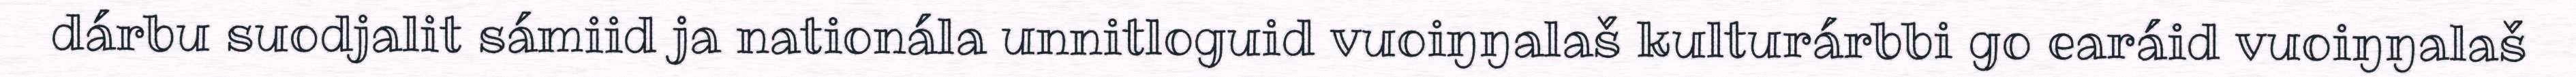
dárbu suodjalit sámiid ja nationála unnitloguid vuoiŋŋalaš kulturárbbi go earáid vuoiŋŋalaš